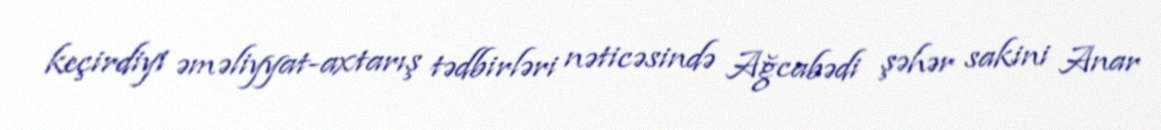
keçirdiyi əməliyyat-axtarış tədbirləri nəticəsində Ağcabədi şəhər sakini Anar